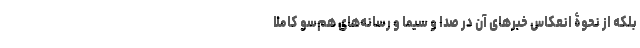
بلکه از نحوۀ انعکاس خبرهای آن در صدا و سیما و رسانه‌های هم‌سو کاملا